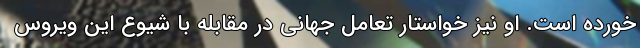
خورده است. او نیز خواستار تعامل جهانی در مقابله با شیوع این ویروس